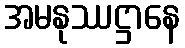
အမနုဿဋ္ဌာနေ